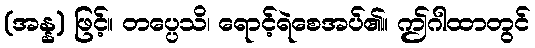
(အန္န) ဖြင့်။ တပ္ပေသိ၊ ရောင့်ရဲစေအပ်၏။ ဤဂါထာတွင်